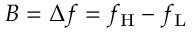
B = \Delta f = f _ { \mathrm { H } } - f _ { \mathrm { L } }